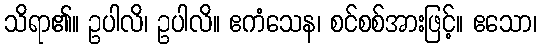
သိရာ၏။ ဥပါလိ၊ ဥပါလိ။ ဧကံသေန၊ စင်စစ်အားဖြင့်။ ဧသော၊